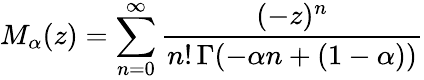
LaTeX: M_{\alpha}(z)=\sum_{n=0}^{\infty}\frac{(-z)^{n}}{n!\, \Gamma(-\alpha n+(1-\alpha))}